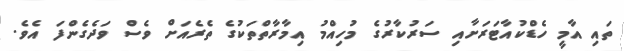
ތައި އާމީ ހެޑްކުއާޓަރަށާއި ސަރުކާރުގެ މުހިއްމު އިމާރާތްތަކުގެ ތެރެއަށް ވެސް ވަދެގެންފަ އެވެ.